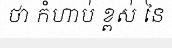
ថា កំហាប់ ខ្ពស់ នៃ